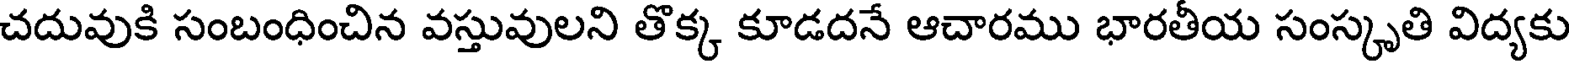
చదువుకి సంబంధించిన వస్తువులని తొక్క కూడదనే ఆచారము భారతీయ సంస్కృతి విద్యకు